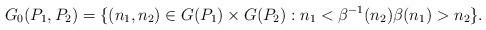
LaTeX: \begin{align*}G_0(P_1,P_2)= \{(n_1,n_2) \in G(P_1) \times G(P_2) : n_1 < \beta^{-1}(n_2) \beta(n_1) > n_2\}.\end{align*}